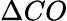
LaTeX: \Delta CO